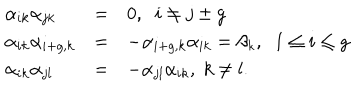
\begin{array} { l l l } { { \alpha _ { i k } \alpha _ { j k } } } & { { = } } & { { 0 , \; \; i \neq j \pm g } } \\ { { \alpha _ { i k } \alpha _ { i + g , k } } } & { { = } } & { { - \alpha _ { i + g , k } \alpha _ { i k } = \beta _ { k } , \; \; 1 \leq i \leq g } } \\ { { \alpha _ { i k } \alpha _ { j l } } } & { { = } } & { { - \alpha _ { j l } \alpha _ { i k } , \; k \neq l . } } \\ \end{array}